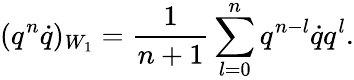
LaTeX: (q^{n}\dot{q})_{W_{1}}=\frac 1{n+1}\sum_{l=0}^{n}q^{n-l}\dot{q}q^{l}.